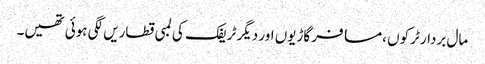
مال بردار ٹرکوں ،مسافر گاڑیوں اور دیگر ٹریفک کی لمبی قطاریں لگی ہوئی تھیں۔